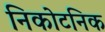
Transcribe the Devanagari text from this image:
निकोटनिक